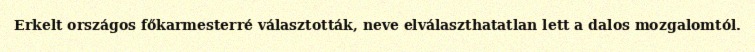
Erkelt országos főkarmesterré választották, neve elválaszthatatlan lett a dalos mozgalomtól.